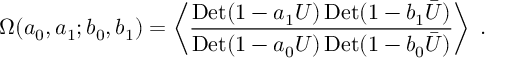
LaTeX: \Omega ( a _ { 0 } , a _ { 1 } ; b _ { 0 } , b _ { 1 } ) = \left\langle { \frac { \mathrm { D e t } ( 1 - a _ { 1 } U ) \, \mathrm { D e t } ( 1 - b _ { 1 } \bar { U } ) } { \mathrm { D e t } ( 1 - a _ { 0 } U ) \, \mathrm { D e t } ( 1 - b _ { 0 } \bar { U } ) } } \right\rangle \; .